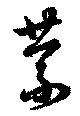
蒙